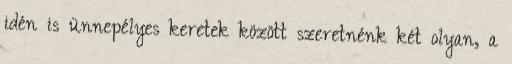
idén is ünnepélyes keretek között szeretnénk két olyan, a